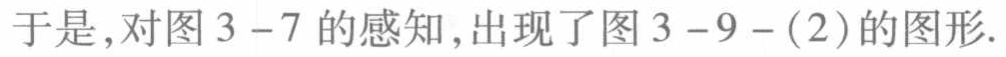
于是,对图3 - 7的感知,出现了图3 - 9 - (2)的图形.